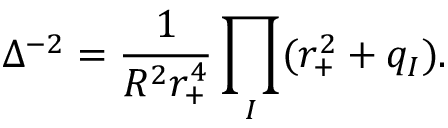
\Delta ^ { - 2 } = \frac { 1 } { R ^ { 2 } r _ { + } ^ { 4 } } \prod _ { I } ( r _ { + } ^ { 2 } + q _ { I } ) .